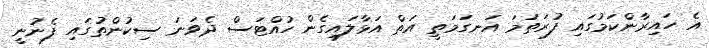
އެ ހައިރާންކަމުގައި ފުރަތަމަ އަނގަމަތީ އަތް އަޅާލައިގެން ހުއްޓަސް ދެވަނަަ ސިކުންތުގައި ފެނުނީ